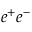
e ^ { + } e ^ { - }